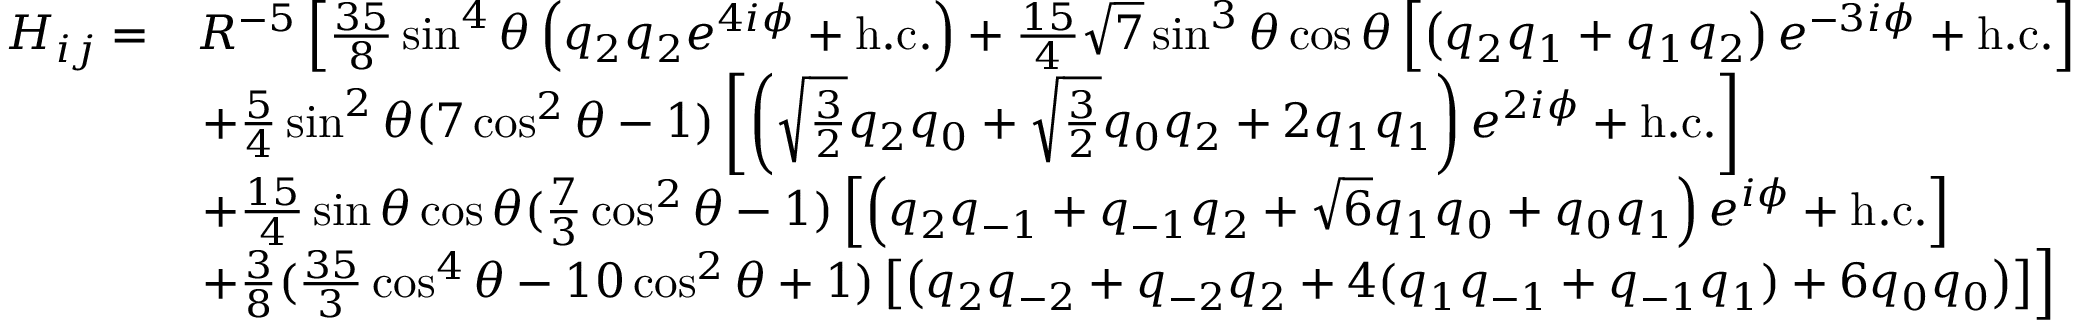
\begin{array} { r l } { H _ { i j } = } & { R ^ { - 5 } \left[ \frac { 3 5 } { 8 } \sin ^ { 4 } \theta \left( q _ { 2 } q _ { 2 } e ^ { 4 i \phi } + \mathrm { h . c . } \right) + \frac { 1 5 } { 4 } \sqrt { 7 } \sin ^ { 3 } \theta \cos \theta \left[ \left( q _ { 2 } q _ { 1 } + q _ { 1 } q _ { 2 } \right) e ^ { - 3 i \phi } + \mathrm { h . c . } \right] \right. } \\ & { \left. + \frac { 5 } { 4 } \sin ^ { 2 } \theta ( 7 \cos ^ { 2 } \theta - 1 ) \left[ \left( \sqrt { \frac { 3 } { 2 } } q _ { 2 } q _ { 0 } + \sqrt { \frac { 3 } { 2 } } q _ { 0 } q _ { 2 } + 2 q _ { 1 } q _ { 1 } \right) e ^ { 2 i \phi } + \mathrm { h . c . } \right] \right. } \\ & { \left. + \frac { 1 5 } { 4 } \sin \theta \cos \theta ( \frac { 7 } { 3 } \cos ^ { 2 } \theta - 1 ) \left[ \left( q _ { 2 } q _ { - 1 } + q _ { - 1 } q _ { 2 } + \sqrt { 6 } q _ { 1 } q _ { 0 } + q _ { 0 } q _ { 1 } \right) e ^ { i \phi } + \mathrm { h . c . } \right] \right. } \\ & { \left. + \frac { 3 } { 8 } ( \frac { 3 5 } { 3 } \cos ^ { 4 } \theta - 1 0 \cos ^ { 2 } \theta + 1 ) \left[ \left( q _ { 2 } q _ { - 2 } + q _ { - 2 } q _ { 2 } + 4 ( q _ { 1 } q _ { - 1 } + q _ { - 1 } q _ { 1 } ) + 6 q _ { 0 } q _ { 0 } \right) \right] \right] } \end{array}